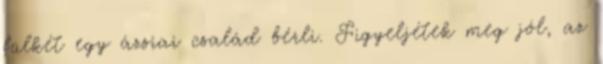
fülkét egy ázsiai család bérli. Figyeljétek meg jól, az